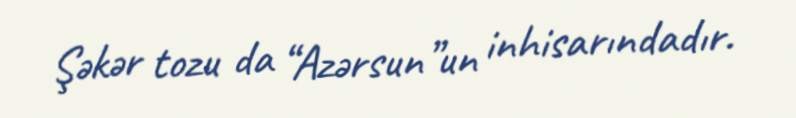
Şəkər tozu da “Azərsun”un inhisarındadır.